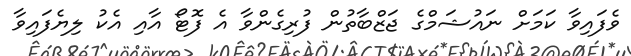
ވެފައިވާ ކަމަށް ނައުޝަމްގެ ޖަޒްބާތުން ފުރިގެންވާ އެ ފޮޓޯ އާއި އެކު ލިޔެފައިވާ